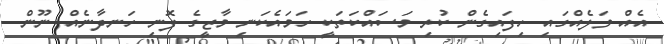
އެއް ވަލެއްގައި ހިފައިގެން ކުރި މަސައްކަތަކީ ހަމައެކަނި މާޒީގެ ފޮނި ހަނދާނެއް ނޫން